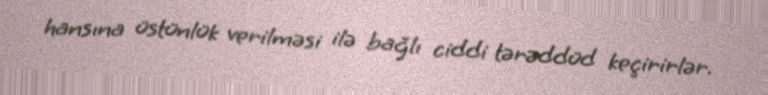
hansına üstünlük verilməsi ilə bağlı ciddi tərəddüd keçirirlər.